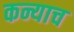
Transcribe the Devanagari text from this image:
कन्याच